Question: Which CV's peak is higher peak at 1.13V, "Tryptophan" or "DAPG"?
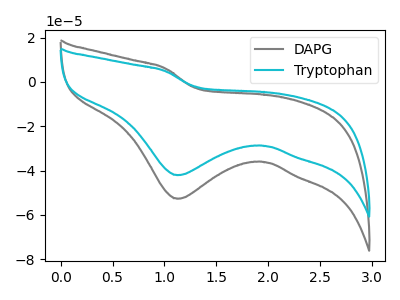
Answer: <think>The gray curve "DAPG" has a cathodic peak at: (1.15V, -52.75uA). The cyan curve "Tryptophan" has a cathodic peak at: (1.15V, -42.10uA).</think>
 <answer>The peak at 1.13V is lower in "Tryptophan" than in "DAPG".</answer>
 <eval>lower</eval>